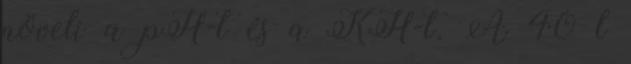
növeli a pH-t és a KH-t. A 40 l